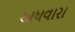
અધવારા